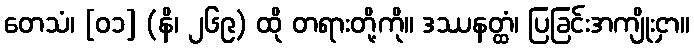
တေသံ၊ [၀၁] (နိ၊ ၂၆၉) ထို တရားတို့ကို။ ဒဿနတ္ထံ၊ ပြခြင်းအကျိုးငှာ။